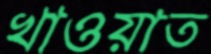
খাওয়াত